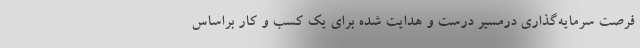
فرصت سرمایه‌گذاری درمسیر درست و هدایت شده برای یک کسب و کار براساس